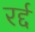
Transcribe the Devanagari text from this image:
रर्द्द